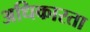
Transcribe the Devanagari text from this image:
अधिकारता